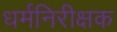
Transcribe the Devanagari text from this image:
धर्मनिरीक्षक